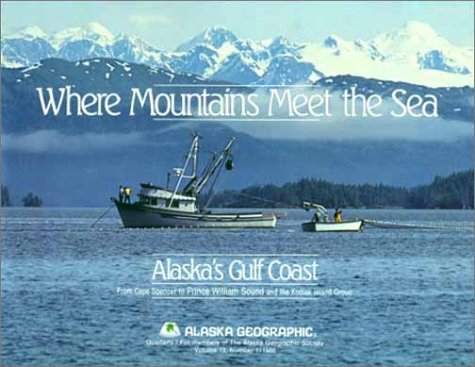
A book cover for Where Mountains Meet the Sea (Alaska Geographic); Travel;